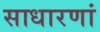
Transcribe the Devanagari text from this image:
साधारणां